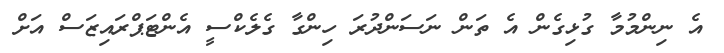
އެ ނިންމުމާ ގުޅިގެން އެ ތަން ނަސަންދުރަ ހިންގާ ގެލެކްސީ އެންޓަޕްރައިޒަސް އަށް